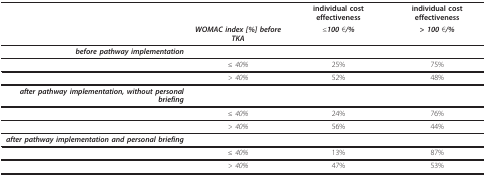
|  |  | individual cost effectiveness | individual cost effectiveness |
 |  | WOMAC index [%] before TKA | ≤100 €/% | > 100 €/% |
 | --- | --- | --- | --- |
 | before pathway implementation |  |  |  |
 |  | ≤ 40% | 25% | 75% |
 |  | > 40% | 52% | 48% |
 | after pathway implementation, without personal briefing |  |  |  |
 |  | ≤ 40% | 24% | 76% |
 |  | > 40% | 56% | 44% |
 | after pathway implementation and personal briefing |  |  |  |
 |  | ≤ 40% | 13% | 87% |
 |  | > 40% | 47% | 53% |